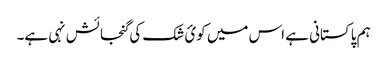
ہم پاکستانی ہے اس میں کوئ شک کی گنجائش نہی ہے۔